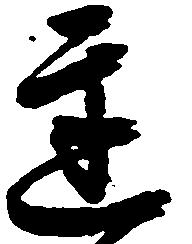
遅